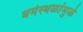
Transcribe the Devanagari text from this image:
धर्मस्थळांमुळे